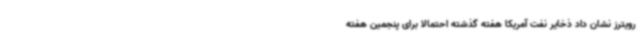
رویترز نشان داد ذخایر نفت آمریکا هفته گذشته احتمالا برای پنجمین هفته